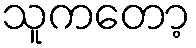
သူကတော့